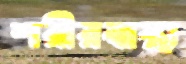
শরীরস্বাস্থ্য